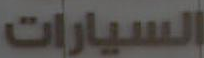
السيارات